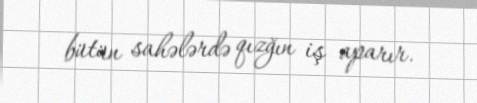
bütün sahələrdə qızğın iş aparır.